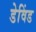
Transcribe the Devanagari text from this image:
डेविंड